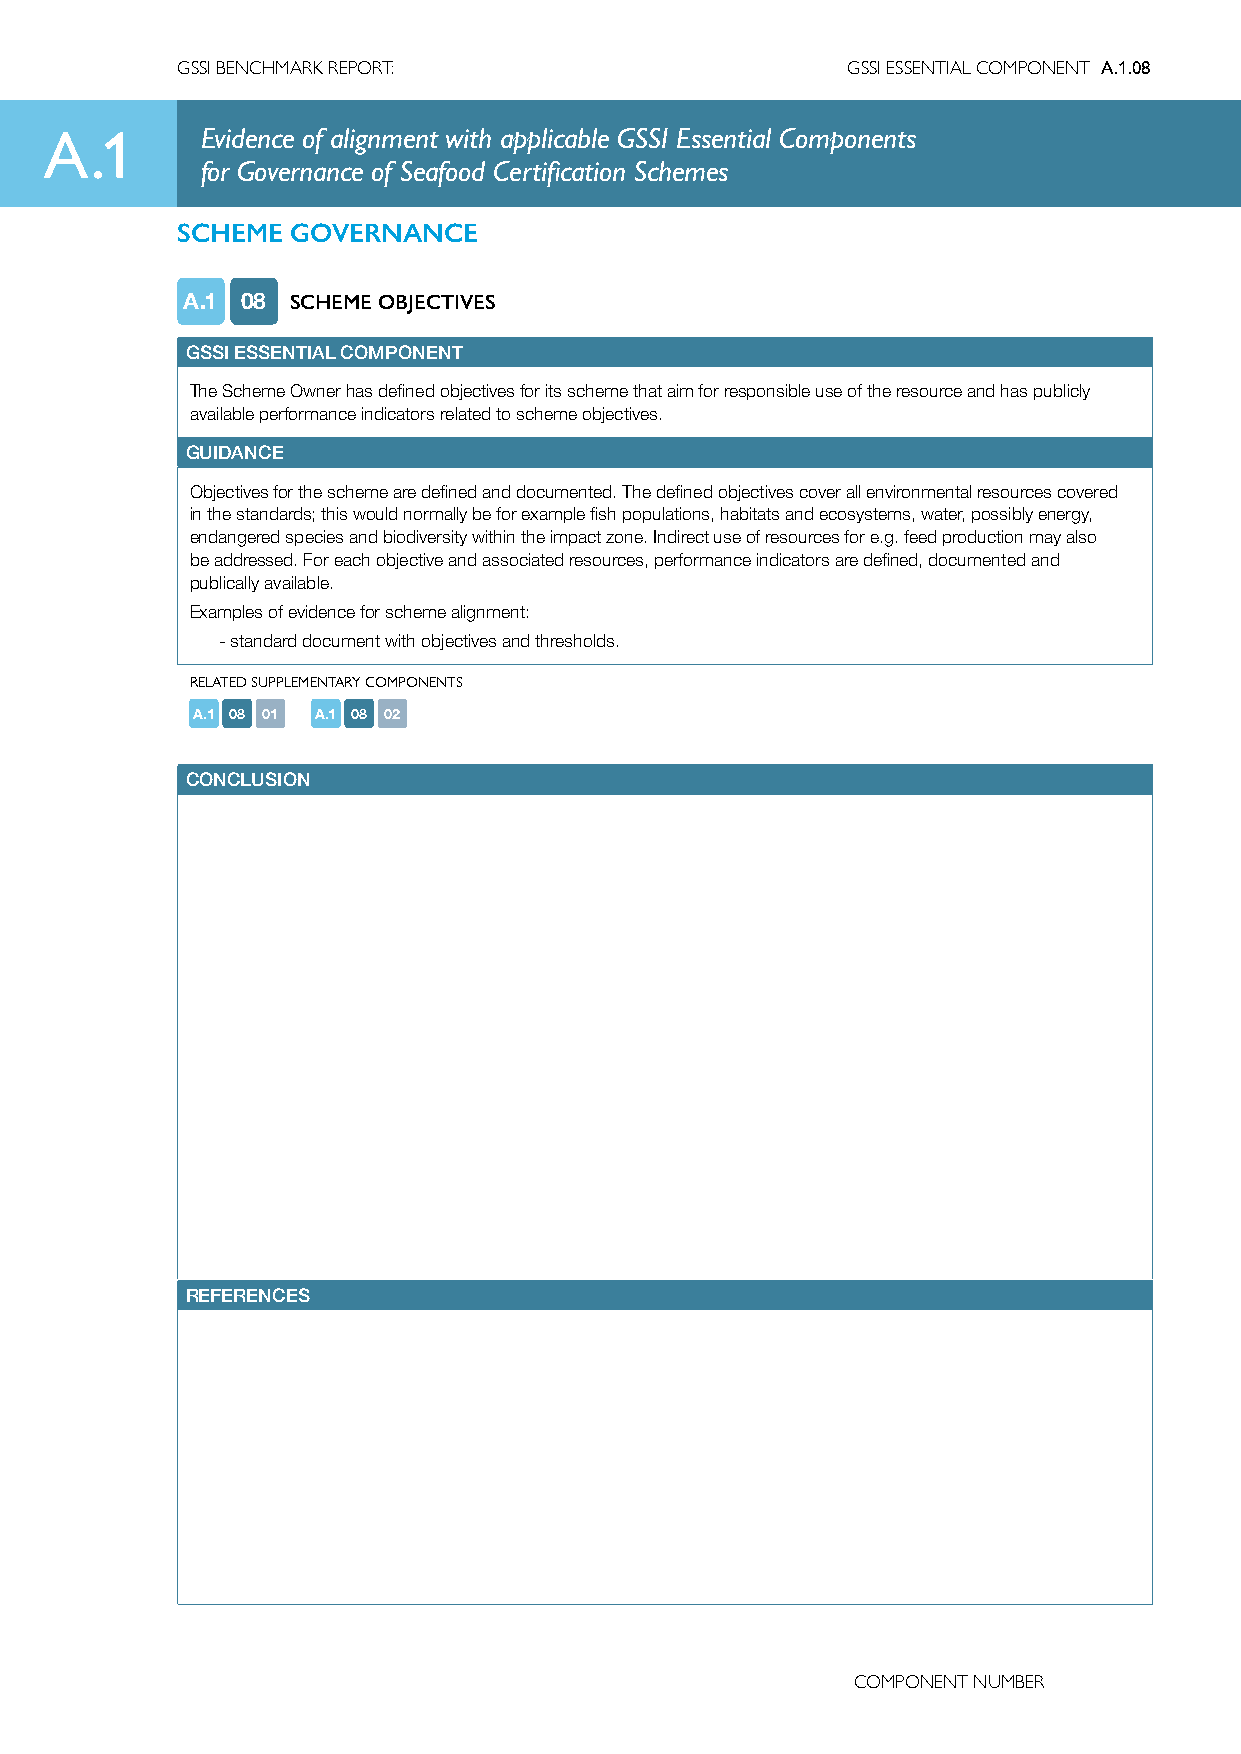
GSSI BENCHMARK REPORT:                      GSSI ESSENTIAL COMPONENT A.1.08
 A.1       Evidence of alignment with applicable GSSI Essential Components
 for Governance of Seafood Certification Schemes
 SCHEME GOVERNANCE
 A.1 08 SCHEME OBJECTIVES
 GSSI ESSENTIAL COMPONENT
 The Scheme Owner has defined objectives for its scheme that aim for responsible use of the resource and has publicly
 available performance indicators related to scheme objectives.
 GUIDANCE
 Objectives for the scheme are defined and documented. The defined objectives cover all environmental resources covered
 in the standards; this would normally be for example fish populations, habitats and ecosystems, water, possibly energy,
 endangered species and biodiversity within the impact zone. Indirect use of resources for e.g. feed production may also
 be addressed. For each objective and associated resources, performance indicators are defined, documented and
 publically available.
 Examples of evidence for scheme alignment:
 -standard document with objectives and thresholds.
 RELATED SUPPLEMENTARY COMPONENTS
 A.1 08 01 A.1 08 02
 CONCLUSION
 REFERENCES
 COMPONENT NUMBER